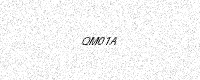
Text: QM01A